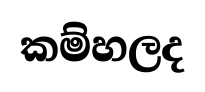
කම්හලද